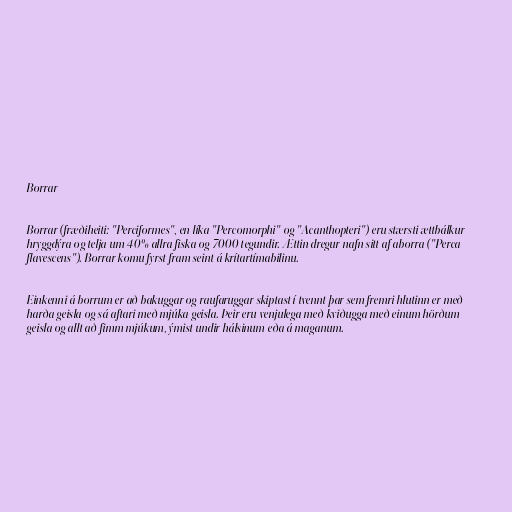
Borrar

Borrar (fræðiheiti: "Perciformes", en líka "Percomorphi" og "Acanthopteri") eru stærsti ættbálkur
hryggdýra og telja um 40% allra fiska og 7000 tegundir. Ættin dregur nafn sitt af aborra ("Perca
flavescens"). Borrar komu fyrst fram seint á krítartímabilinu.

Einkenni á borrum er að bakuggar og raufaruggar skiptast í tvennt þar sem fremri hlutinn er með
harða geisla og sá aftari með mjúka geisla. Þeir eru venjulega með kviðugga með einum hörðum
geisla og allt að fimm mjúkum, ýmist undir hálsinum eða á maganum.